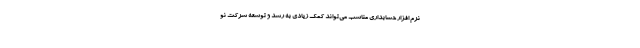
نرم افزار حسابداری مناسب می‌تواند کمک زیادی به رشد و توسعه شرکت نو